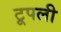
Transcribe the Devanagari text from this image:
टूपली